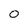
Character: 0